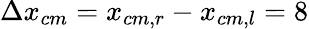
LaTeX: \Delta x_{cm}=x_{cm,r}-x_{cm,l}=8